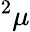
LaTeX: {^2}\mu